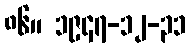
၈၆။ ၁၉၄၇-၁၂-၃၁